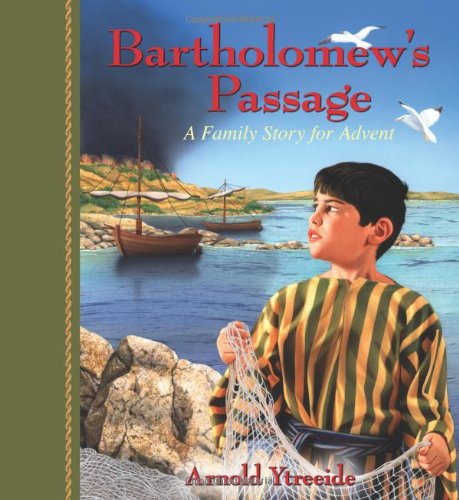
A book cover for Bartholomew's Passage: A Family Story for Advent; Arnold Ytreeide; Christian Books & Bibles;